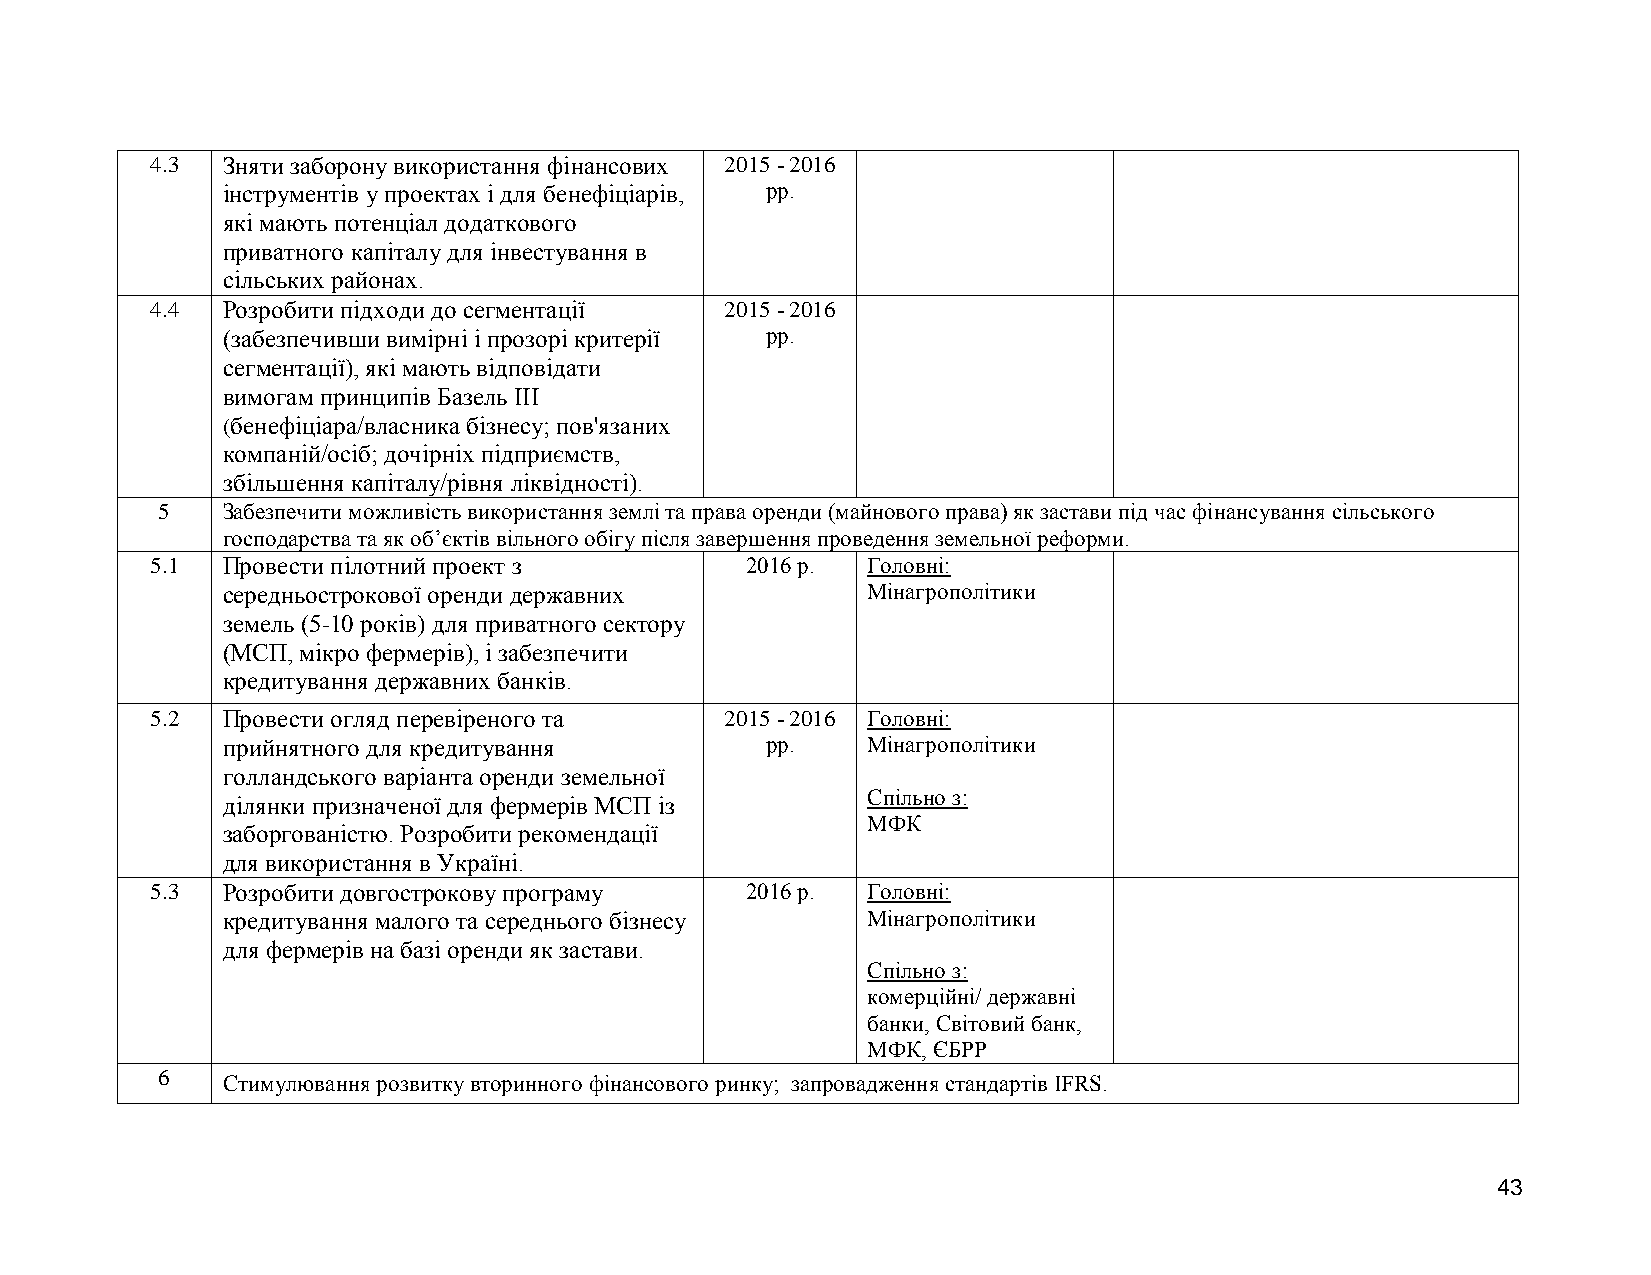
4.3  Зняти заборону використання фінансових 2015 - 2016
 інструментів у проектах і для бенефіціарів, рр.
 які мають потенціал додаткового
 приватного капіталу для інвестування в
 сільських районах.
 4.4  Розробити підходи до сегментації 2015 - 2016
 (забезпечивши вимірні і прозорі критерії рр.
 сегментації), які мають відповідати
 вимогам принципів Базель III
 (бенефіціара/власника бізнесу; пов'язаних
 компаній/осіб; дочірніх підприємств,
 збільшення капіталу/рівня ліквідності).
 5    Забезпечити можливість використання землі та права оренди (майнового права) як застави під час фінансування сільського
 господарства та як об’єктів вільного обігу після завершення проведення земельної реформи.
 5.1  Провести пілотний проект з        2016 р. Головні:
 середньострокової оренди державних        Мінагрополітики
 земель (5-10 років) для приватного сектору
 (МСП, мікро фермерів), і забезпечити
 кредитування державних банків.
 5.2  Провести огляд перевіреного та   2015 - 2016 Головні:
 прийнятного для кредитування        рр.   Мінагрополітики
 голландського варіанта оренди земельної
 Спільно з:
 ділянки призначеної для фермерів МСП із
 МФК
 заборгованістю. Розробити рекомендації
 для використання в Україні.
 5.3  Розробити довгострокову програму  2016 р. Головні:
 кредитування малого та середнього бізнесу Мінагрополітики
 для фермерів на базі оренди як застави.
 Спільно з:
 комерційні/ державні
 банки, Світовий банк,
 МФК, ЄБРР
 6    Стимулювання розвитку вторинного фінансового ринку; запровадження стандартів IFRS.
 43